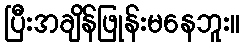
ပြီးအချိန်ဖြုန်းမနေဘူး။